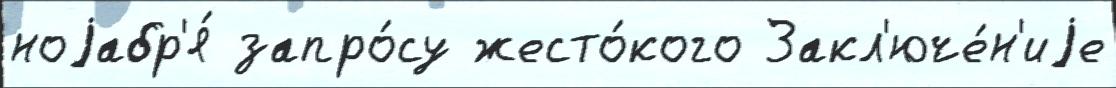
ноjабр'я́ запро́су жесто́кого Закл'юче́н'иjе